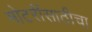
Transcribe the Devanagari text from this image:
मोटरींसाठीचा